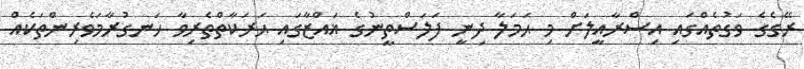
ރޭގެގެ ވަގުތެއްގައި އިސްރާއީލަށް މި ޙަމަލާ ދިނީ ފަލަސްތީނުގެ ޣައްޒާގައި ޙަރަކާތްތެރިވާ ހަނގުރާމަވެރިންތަކެއް